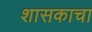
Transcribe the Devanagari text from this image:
शासकाचा